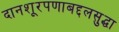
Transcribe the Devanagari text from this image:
दानशूरपणाबद्दलसुद्धा